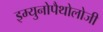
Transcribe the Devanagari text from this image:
इम्युनोपैथोलोजी